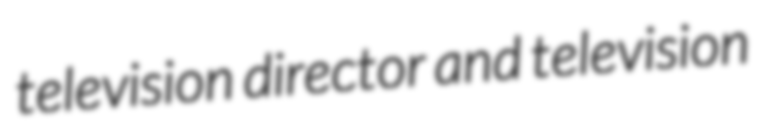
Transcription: television director and television